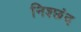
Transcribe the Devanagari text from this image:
निश्छंद